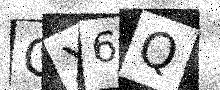
Text: GX6Q